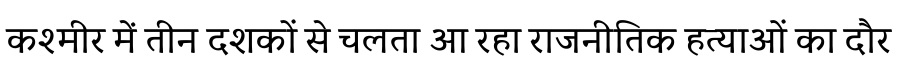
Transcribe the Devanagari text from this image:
कश्मीर में तीन दशकों से चलता आ रहा राजनीतिक हत्याओं का दौर